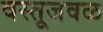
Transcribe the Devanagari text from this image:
वस्तूजवळ